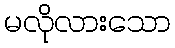
မလိုလားသော